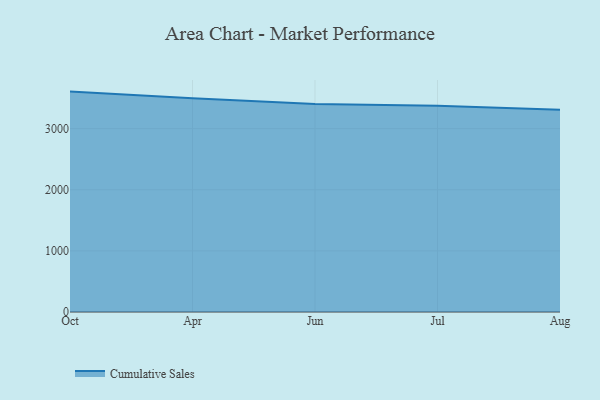
{"axis": {"x": "Month", "y": "Inventory Turnover"}, "legend": ["Cumulative Sales"], "data": [{"x": "Oct", "y": 3605.8, "type": "Cumulative Sales"}, {"x": "Apr", "y": 3498.6, "type": "Cumulative Sales"}, {"x": "Jun", "y": 3403.9, "type": "Cumulative Sales"}, {"x": "Jul", "y": 3375.8, "type": "Cumulative Sales"}, {"x": "Aug", "y": 3309.1, "type": "Cumulative Sales"}]}